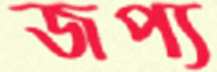
জপ্য